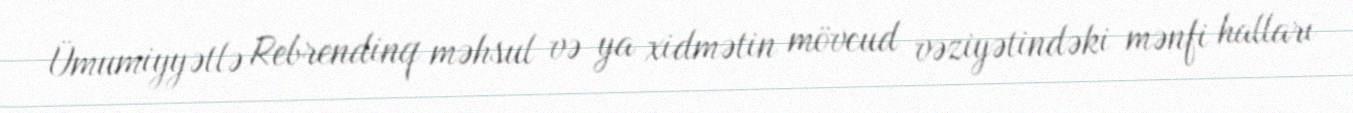
Ümumiyyətlə Rebrendinq məhsul və ya xidmətin mövcud vəziyətindəki mənfi halları